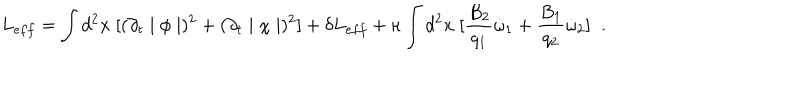
L _ { e f f } = \int d ^ { 2 } x \; [ ( \partial _ { t } \mid \phi \mid ) ^ { 2 } + ( \partial _ { t } \mid \chi \mid ) ^ { 2 } ] + \delta L _ { e f f } + \kappa \int d ^ { 2 } x \; [ \frac { B _ { 2 } } { q _ { 1 } } \dot { \omega } _ { 1 } + \frac { B _ { 1 } } { q _ { 2 } } \dot { \omega } _ { 2 } ] \; \; .